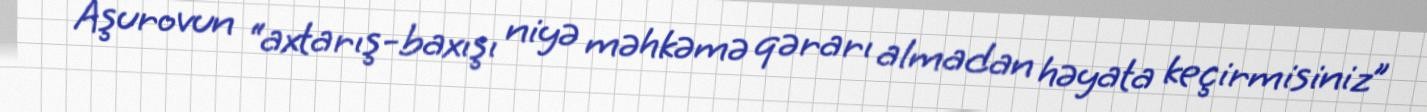
Aşurovun “axtarış-baxışı niyə məhkəmə qərarı almadan həyata keçirmisiniz”